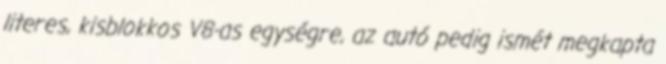
literes, kisblokkos V8-as egységre, az autó pedig ismét megkapta